Source: Handwritten
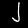
Digit: ၂ (2)